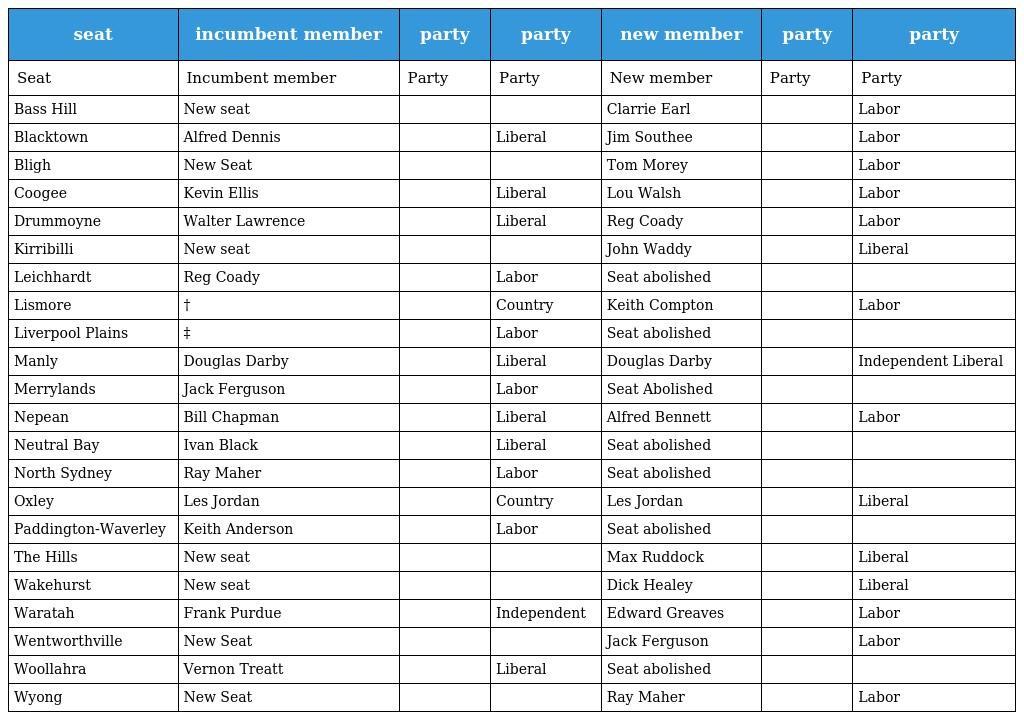
| seat | incumbent member | party | party | new member | party | party |
 | --- | --- | --- | --- | --- | --- | --- |
 | Seat | Incumbent member | Party | Party | New member | Party | Party |
 | Bass Hill | New seat |  |  | Clarrie Earl |  | Labor |
 | Blacktown | Alfred Dennis |  | Liberal | Jim Southee |  | Labor |
 | Bligh | New Seat |  |  | Tom Morey |  | Labor |
 | Coogee | Kevin Ellis |  | Liberal | Lou Walsh |  | Labor |
 | Drummoyne | Walter Lawrence |  | Liberal | Reg Coady |  | Labor |
 | Kirribilli | New seat |  |  | John Waddy |  | Liberal |
 | Leichhardt | Reg Coady |  | Labor | Seat abolished |  |  |
 | Lismore | † |  | Country | Keith Compton |  | Labor |
 | Liverpool Plains | ‡ |  | Labor | Seat abolished |  |  |
 | Manly | Douglas Darby |  | Liberal | Douglas Darby |  | Independent Liberal |
 | Merrylands | Jack Ferguson |  | Labor | Seat Abolished |  |  |
 | Nepean | Bill Chapman |  | Liberal | Alfred Bennett |  | Labor |
 | Neutral Bay | Ivan Black |  | Liberal | Seat abolished |  |  |
 | North Sydney | Ray Maher |  | Labor | Seat abolished |  |  |
 | Oxley | Les Jordan |  | Country | Les Jordan |  | Liberal |
 | Paddington-Waverley | Keith Anderson |  | Labor | Seat abolished |  |  |
 | The Hills | New seat |  |  | Max Ruddock |  | Liberal |
 | Wakehurst | New seat |  |  | Dick Healey |  | Liberal |
 | Waratah | Frank Purdue |  | Independent | Edward Greaves |  | Labor |
 | Wentworthville | New Seat |  |  | Jack Ferguson |  | Labor |
 | Woollahra | Vernon Treatt |  | Liberal | Seat abolished |  |  |
 | Wyong | New Seat |  |  | Ray Maher |  | Labor |